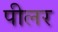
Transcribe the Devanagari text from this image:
पीलर